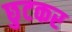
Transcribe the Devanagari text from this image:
छुटकर